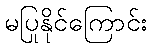
မပြုနိုင်ကြောင်း